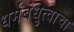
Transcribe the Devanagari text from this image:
धर्मबंधुत्वाचा